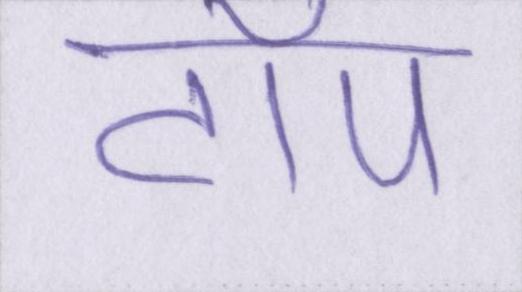
टॉप